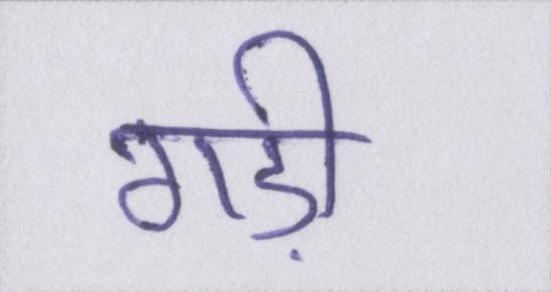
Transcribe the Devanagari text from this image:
गड़ी